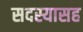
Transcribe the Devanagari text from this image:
सदस्यासह